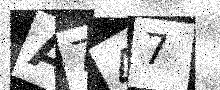
Text: A747